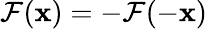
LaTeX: \mathcal{F}({\mathbf{{x}}})=-\mathcal{F}(-{\mathbf{{x}}})